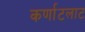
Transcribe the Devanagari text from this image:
कर्णाटलाट